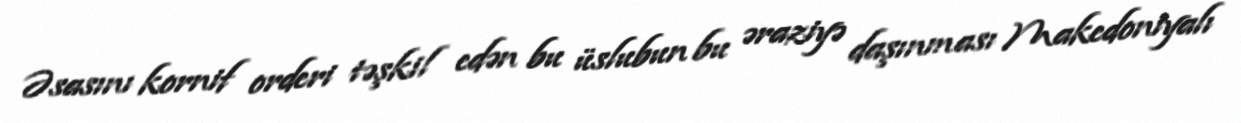
Əsasını kornif orderi təşkil edən bu üslubun bu əraziyə daşınması Makedoniyalı